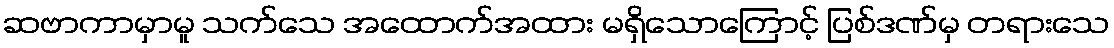
ဆဗာကာမှာမူ သက်သေ အထောက်အထား မရှိသောကြောင့် ပြစ်ဒဏ်မှ တရားသေ